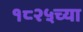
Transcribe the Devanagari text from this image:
१८२५च्या